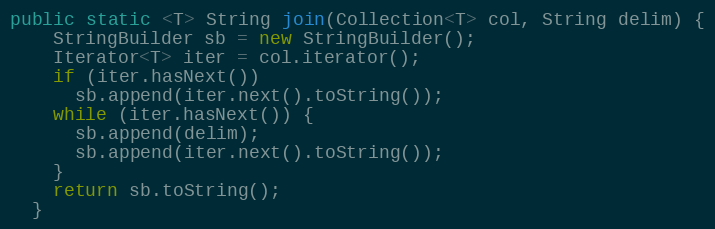
Language: Java
public static <T> String join(Collection<T> col, String delim) {
    StringBuilder sb = new StringBuilder();
    Iterator<T> iter = col.iterator();
    if (iter.hasNext())
      sb.append(iter.next().toString());
    while (iter.hasNext()) {
      sb.append(delim);
      sb.append(iter.next().toString());
    }
    return sb.toString();
  }